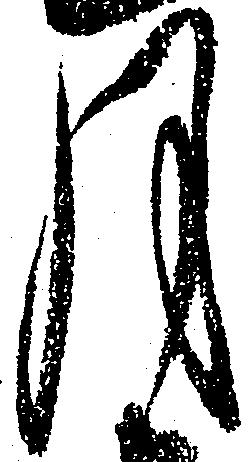
月